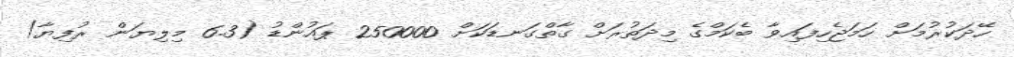
ހޭދަކުރުމަށް ހަމަޖެހިފައިވާ ބެކަމްގެ މިދަތުރަށް ގާތްގަނޑަކަށް 250000 ޕައުންޑު (6.3 މިލިޔަން ރުފިޔާ)